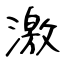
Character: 激